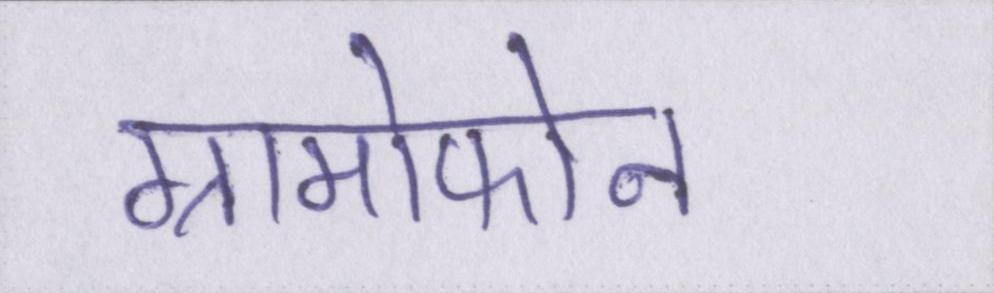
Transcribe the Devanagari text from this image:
ग्रामोफोन